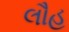
લૌહ